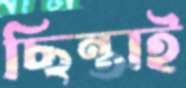
ছিন্তাই